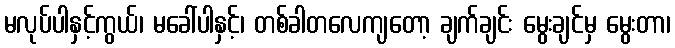
မလုပ်ပါနှင့်ကွယ်၊ မခေါ်ပါနှင့်၊ တစ်ခါတလေကျတော့ ချက်ချင်း မွေးချင်မှ မွေးတာ၊